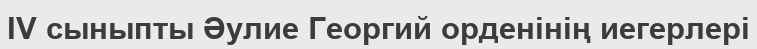
IV сыныпты Әулие Георгий орденінің иегерлері